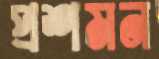
প্রশমন